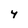
Character: 4